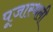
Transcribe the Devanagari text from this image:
पूजास्थली